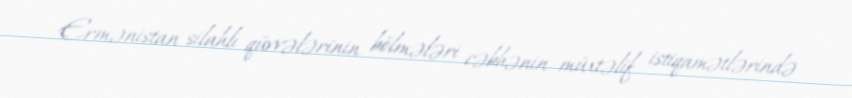
Ermənistan silahlı qüvvələrinin bölmələri cəbhənin müxtəlif istiqamətlərində